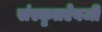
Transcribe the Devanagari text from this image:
संस्कृतऐवजी